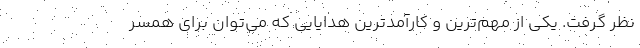
نظر گرفت. یکی از مهم‌ترین و کارآمدترین هدایایی که می‌توان برای همسر